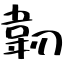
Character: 韌